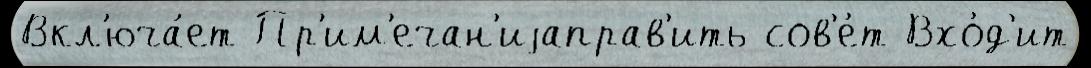
Вкл'юча́ет Пр'им'ечан'иjаправ'ить сов'е́т Вхо́д'ит